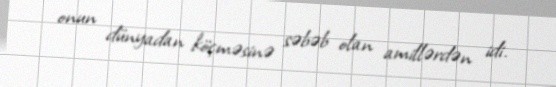
onun dünyadan köçməsinə səbəb olan amillərdən idi.